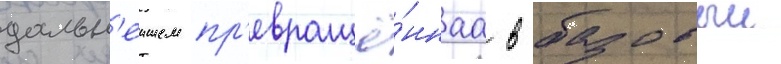
дальн'еишем пр'евращё́ннаа в базовыи